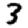
Digit: 3